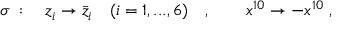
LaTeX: \sigma \; : \quad z _ { i } \to \bar { z } _ { i } \quad ( i = 1 , . . . , 6 ) \quad , \qquad x ^ { 1 0 } \to - x ^ { 1 0 } \; ,